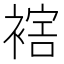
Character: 𧛪